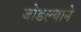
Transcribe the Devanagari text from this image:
जोडल्याने